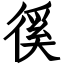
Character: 徯